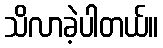
သိလာခဲ့ပါတယ်။